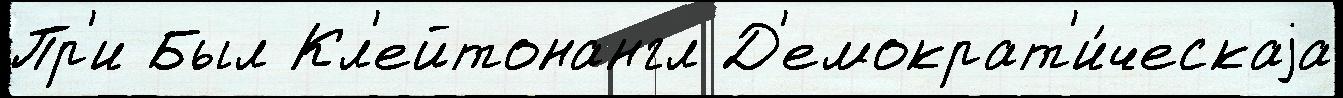
Пр'и Был Кл'ейтонангл Д'емократ'и́ческаjа